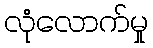
လုံလောက်မှု